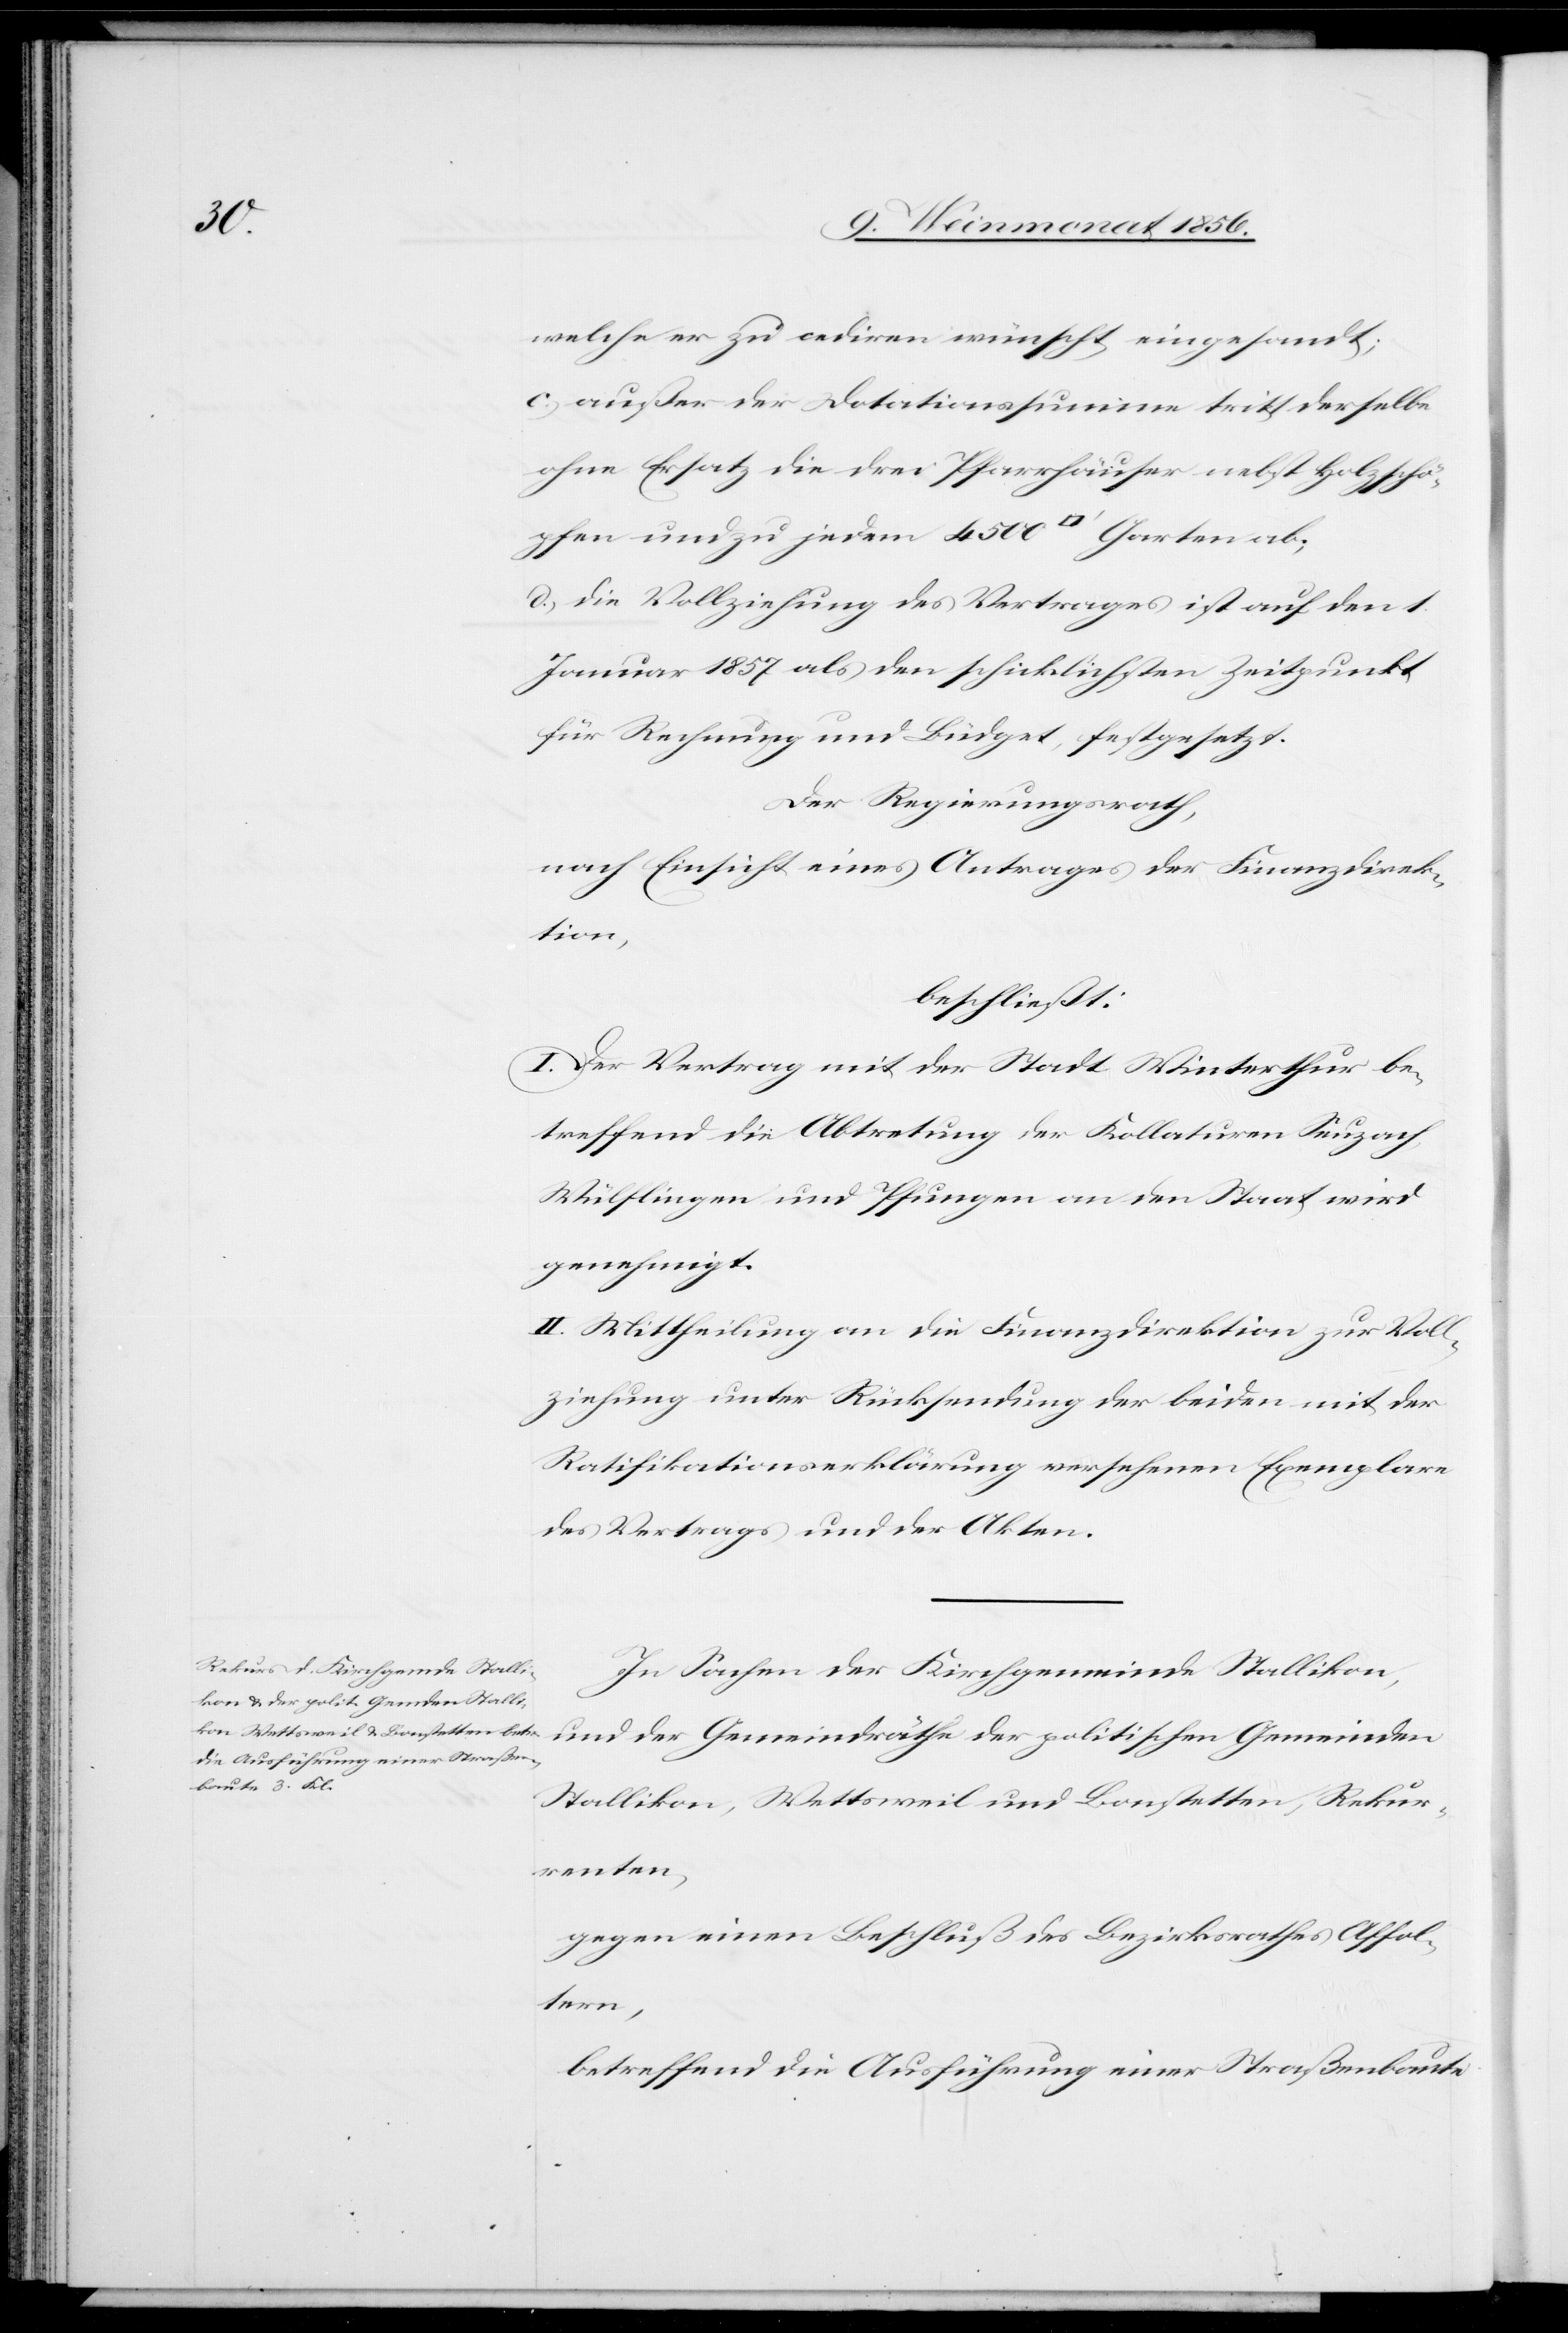
welche er zu cediren wünscht, eingesandt;
c.) außer der Dotationssumme tritt derselbe
ohne Ersatz die drei Pfarrhäuser nebst Holzschö¬
pfen und zu jedem 4500 [Quadratfuss] Garten ab;
d.) die Vollziehung des Vertrages ist auf den 1.
Januar 1857 als den schicklichsten Zeitpunkt
für Rechnung und Büdget, festgesetzt.
Der Regierungsrath,
nach Einsicht eines Antrages der Finanzdirek¬
tion,
beschließt:
I. Der Vertrag mit der Stadt Winterthur be¬
treffend die Abtretung der Kollaturen Seuzach,
Wülflingen und Pfungen an den Staat wird
genehmigt.
II. Mittheilung an die Finanzdirektion zur Voll¬
ziehung unter Rücksendung der beiden mit der
Ratifikationserklärung versehenen Exemplare
des Vertrags und der Akten.
In Sachen der Kirchgemeinde Stallikon,
und der Gemeindräthe der politischen Gemeinden
Stallikon, Wettsweil und Bonstetten, Rekur¬
renten,
gegen einen Beschluß des Bezirksrathes Affol¬
tern,
betreffend die Ausführung einer Straßenbaute